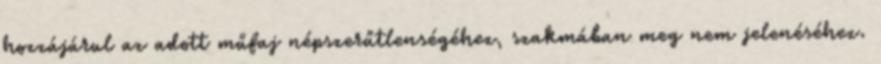
hozzájárul az adott műfaj népszerűtlenségéhez, szakmában meg nem jelenéséhez.